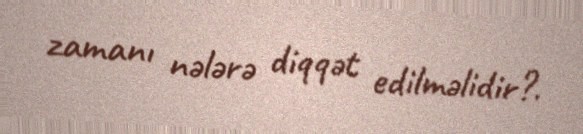
zamanı nələrə diqqət edilməlidir?.